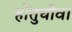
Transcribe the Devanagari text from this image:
होंतुचोवा